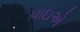
પાઇએ